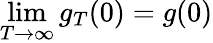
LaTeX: \operatorname*{lim}_{T\to\infty}g_{T}(0)=g(0)